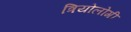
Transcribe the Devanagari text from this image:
त्रियोलोगी